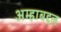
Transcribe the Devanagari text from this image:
अम्हाबद्दल